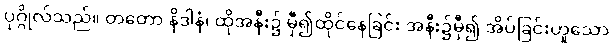
ပုဂ္ဂိုလ်သည်။ တတော နိဒါနံ၊ ထိုအနီး၌ မှီ၍ထိုင်နေခြင်း အနီး၌မှီ၍ အိပ်ခြင်းဟူသော